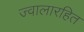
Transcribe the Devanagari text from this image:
ज्वालारहित